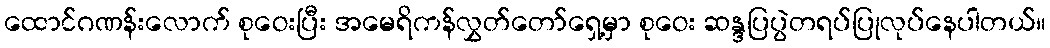
ထောင်ဂဏန်းလောက် စုဝေးပြီး အမေရိကန်လွှတ်တော်ရှေ့မှာ စုဝေး ဆန္ဒပြပွဲတရပ်ပြုလုပ်နေပါတယ်။